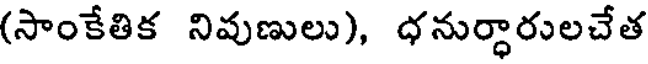
(సాంకేతిక నివుణులు), ధనుర్ధారులచేత